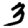
Digit: 3